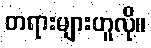
တရားများဟူလို။